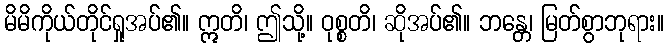
မိမိကိုယ်တိုင်ရှုအပ်၏။ ဣတိ၊ ဤသို့။ ဝုစ္စတိ၊ ဆိုအပ်၏။ ဘန္တေ၊ မြတ်စွာဘုရား။